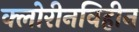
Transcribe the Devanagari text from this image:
क्लोरीनविहीन